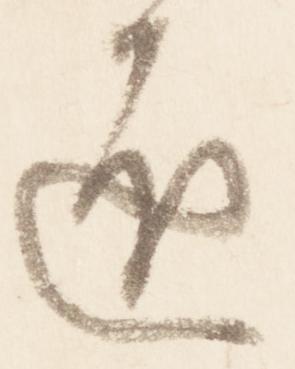
匠